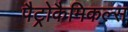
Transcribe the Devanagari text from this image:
पैट्रोकैमिकल्स